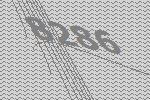
8286